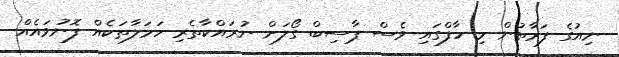
ނިއުގެ ފަރާތުން މި ހާފްގައި ވެސް ޕާސިބް ގޯލަށް ނުރައްކާތެރި ހަމަލާތަކެއް ފޮނުވައެއް